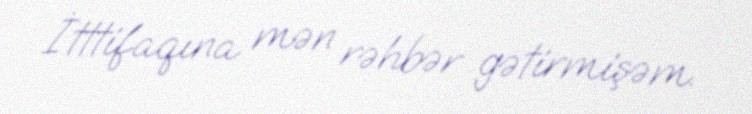
İtttifaqına mən rəhbər gətirmişəm.